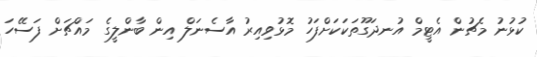
ކުޅުނު މެޗުން އެޓީމް އުނދަގޫތަކަކަށްފަހު މޮޅުވިއިރު އާސެނަލް އިން ބާންލީގެ މައްޗަށް ފަސޭހަ